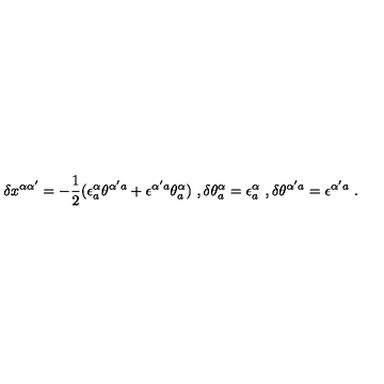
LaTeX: \delta x ^ { \alpha \alpha ^ { \prime } } = - { \frac { 1 } { 2 } } ( \epsilon _ { a } ^ { \alpha } \theta ^ { \alpha ^ { \prime } a } + \epsilon ^ { \alpha ^ { \prime } a } \theta _ { a } ^ { \alpha } ) \ , \delta \theta _ { a } ^ { \alpha } = \epsilon _ { a } ^ { \alpha } \ , \delta \theta ^ { \alpha ^ { \prime } a } = \epsilon ^ { \alpha ^ { \prime } a } \ .